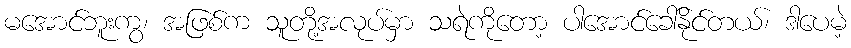
မအောင်ဘူးကွ၊ အဖြစ်က သူတို့အလုပ်မှာ သရဲကိုတော့ ပါအောင်ခေါ်နိုင်တယ်၊ ဒါပေမဲ့